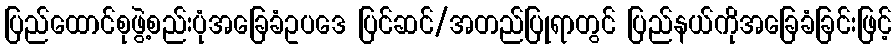
ပြည်ထောင်စုဖွဲ့စည်းပုံအခြေခံဥပဒေ ပြင်ဆင်/အတည်ပြုရာတွင် ပြည်နယ်ကိုအခြေခံခြင်းဖြင့်